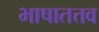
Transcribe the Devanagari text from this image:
भाषातत्तव